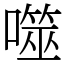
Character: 噬